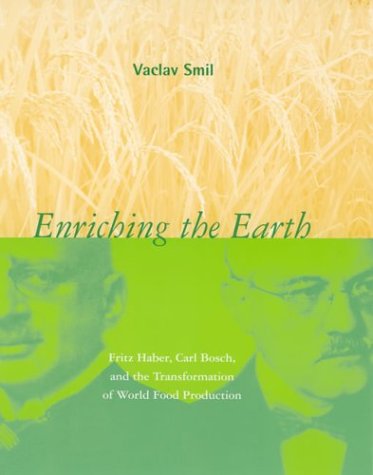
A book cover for Enriching the Earth: Fritz Haber, Carl Bosch, and the Transformation of World Food Production; Vaclav Smil; Science & Math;